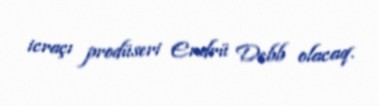
icraçı prodüseri Endrü Debb olacaq.